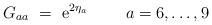
LaTeX: \begin{align*} G_{aa}\ =\ \mbox{e}^{2\eta_a}\ \ \ \ \ \mbox{ }\ a=6,\ldots, 9\end{align*}